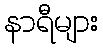
နာရီများ